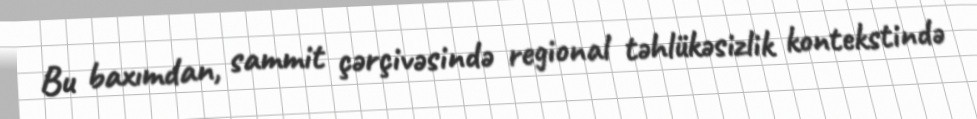
Bu baxımdan, sammit çərçivəsində regional təhlükəsizlik kontekstində